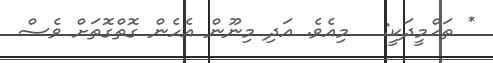
* ތަޙްމީދަކީ:   މިއެވެ. އަދި މިނޫން އެހެން ގޮތްގޮތަށް ވެސް